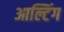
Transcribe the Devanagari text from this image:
आल्टिंग